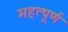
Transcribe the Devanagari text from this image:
महत्‍पूर्ण